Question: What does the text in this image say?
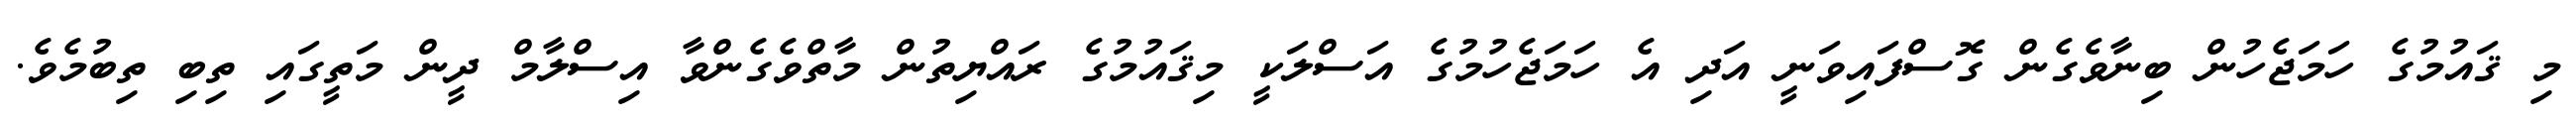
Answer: މި ޤައުމުގެ ހަމަޖެހުން ބިނާވެގެން ގޮސްފައިވަނީ އަދި އެ ހަމަޖެހުމުގެ އަސްލަކީ މިޤައުމުގެ ރައްޔިތުން މާތްވެގެންވާ އިސްލާމް ދީން މަތީގައި ތިބި ތިބުމެވެ.